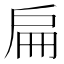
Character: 扁